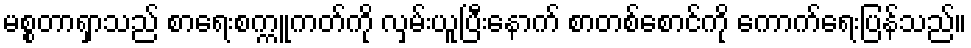
မစ္စတာရှာသည် စာရေးစက္ကူကတ်ကို လှမ်းယူပြီးနောက် စာတစ်စောင်ကို ကောက်ရေးပြန်သည်။